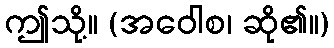
ဤသို့။ (အဝေါစ၊ ဆို၏။)